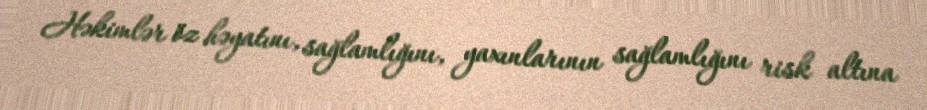
Həkimlər öz həyatını, sağlamlığını, yaxınlarının sağlamlığını risk altına